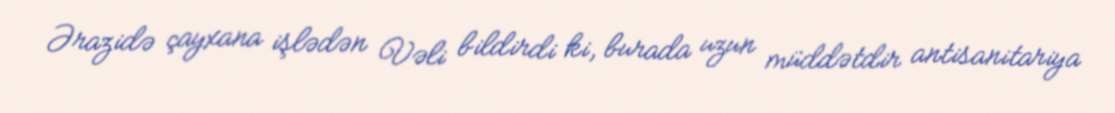
Ərazidə çayxana işlədən Vəli bildirdi ki, burada uzun müddətdir antisanitariya